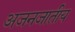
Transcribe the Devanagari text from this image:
अजनजातीय